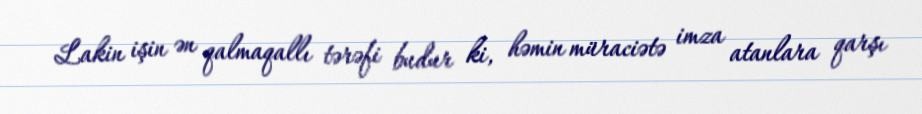
Lakin işin ən qalmaqallı tərəfi budur ki, həmin müraciətə imza atanlara qarşı